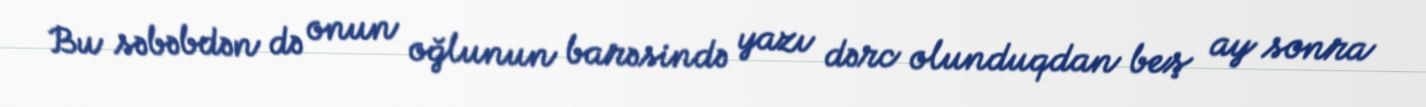
Bu səbəbdən də onun oğlunun barəsində yazı dərc olunduqdan beş ay sonra